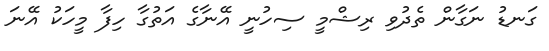
ގަނޑު ނަގާން ތެދުވި ރިޝްމީ ސިހުނީ އޭނާގެ އަތުގާ ހިފާ މީހަކު އޭނަ